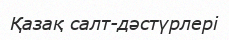
Қазақ салт-дәстүрлерi